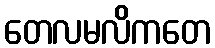
တေလမလိကတေ